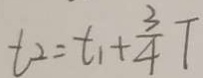
t _ { 2 } = t _ { 1 } + \frac { 3 } { 4 } T